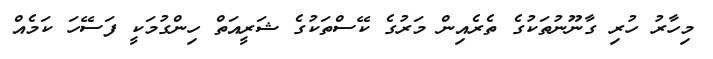
މިހާރު ހުރި ގާނޫނުތަކުގެ ތެރެއިން މަރުގެ ކޭސްތަކުގެ ޝަރީއަތް ހިންގުމަކީ ފަސޭހަ ކަމެއް